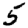
Digit: 5